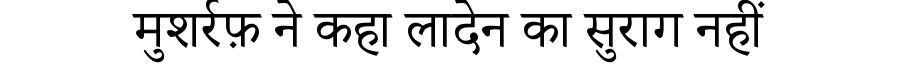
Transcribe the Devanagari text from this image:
मुशर्रफ़ ने कहा लादेन का सुराग नहीं